Source: Handwritten
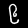
Digit: ၉ (9)